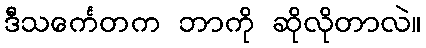
ဒီသင်္ကေတက ဘာကို ဆိုလိုတာလဲ။